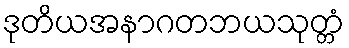
ဒုတိယအနာဂတဘယသုတ္တံ